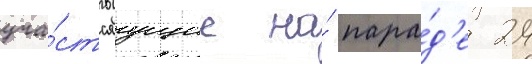
уча́ствуущие на́ пара́д'е 24